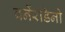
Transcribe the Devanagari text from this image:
बर्नेरडिनो